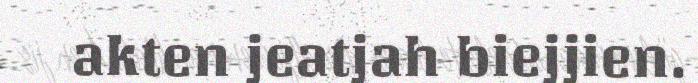
akten jeatjah biejjien.